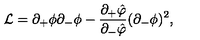
{ \cal L } = \partial _ { + } \phi \partial _ { - } \phi - { \frac { \partial _ { + } \hat { \varphi } } { \partial _ { - } \hat { \varphi } } } ( \partial _ { - } \phi ) ^ { 2 } ,